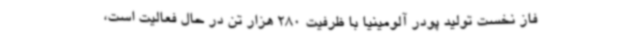
فاز نخست تولید پودر آلومینیا با ظرفیت 280 هزار تن در حال فعالیت است،